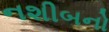
નશીબનો